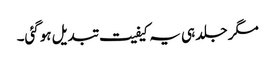
مگر جلد ہی یہ کیفیت تبدیل ہوگئی۔